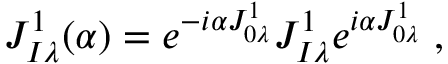
J _ { I \lambda } ^ { 1 } ( \alpha ) = e ^ { - i \alpha J _ { 0 \lambda } ^ { 1 } } J _ { I \lambda } ^ { 1 } e ^ { i \alpha J _ { 0 \lambda } ^ { 1 } } \; ,